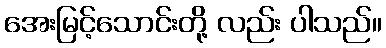
အေးမြင့်သောင်းတို့ လည်း ပါသည်။